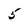
Character: 5